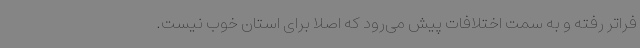
فراتر رفته و به سمت اختلافات پیش می‌رود که اصلا برای استان خوب نیست.